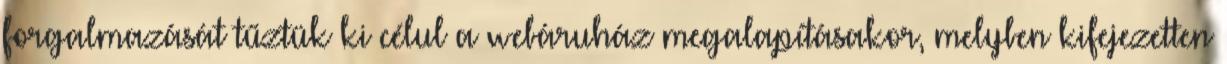
forgalmazását tűztük ki célul a webáruház megalapításakor, melyben kifejezetten